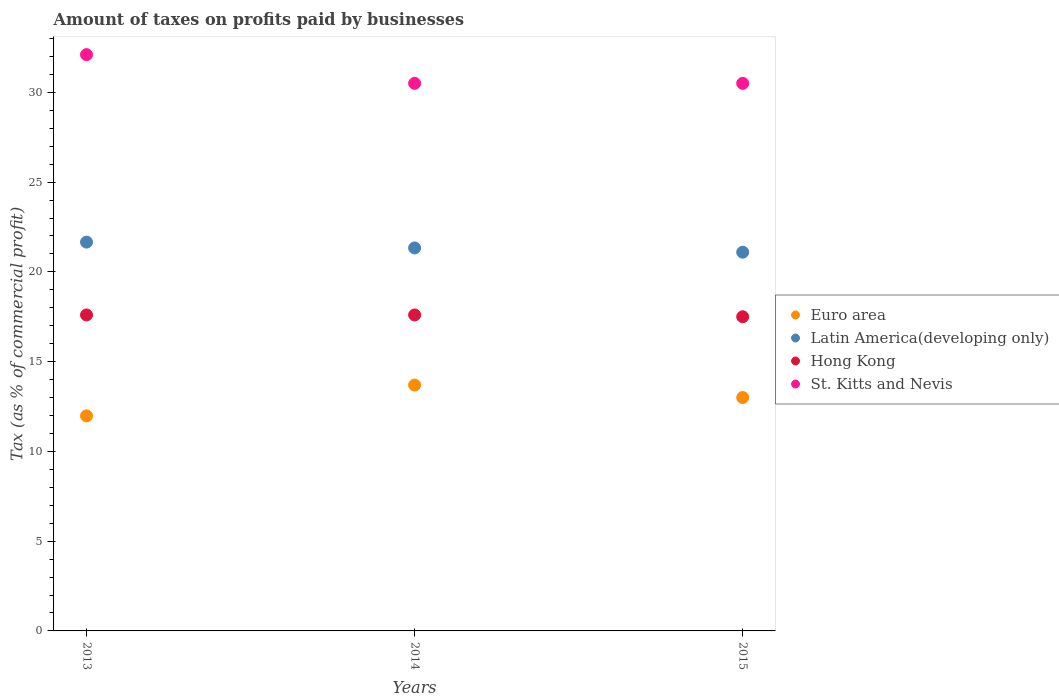
| Years | Euro area | Latin America(developing only) | Hong Kong | St. Kitts and Nevis |
 | --- | --- | --- | --- | --- |
 | 2013 | 12 | 21.7 | 17.6 | 32.1 |
 | 2014 | 13.7 | 21.3 | 17.6 | 30.5 |
 | 2015 | 13 | 21.1 | 17.5 | 30.5 |